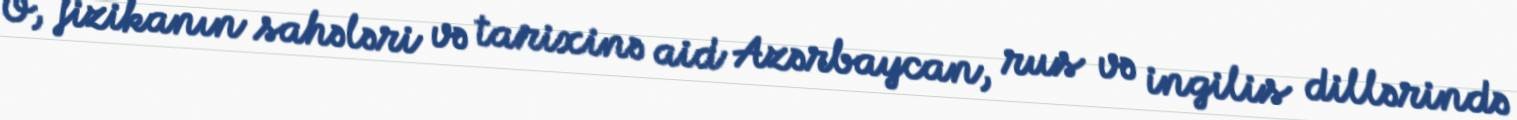
O, fizikanın sahələri və tarixinə aid Azərbaycan, rus və ingilis dillərində